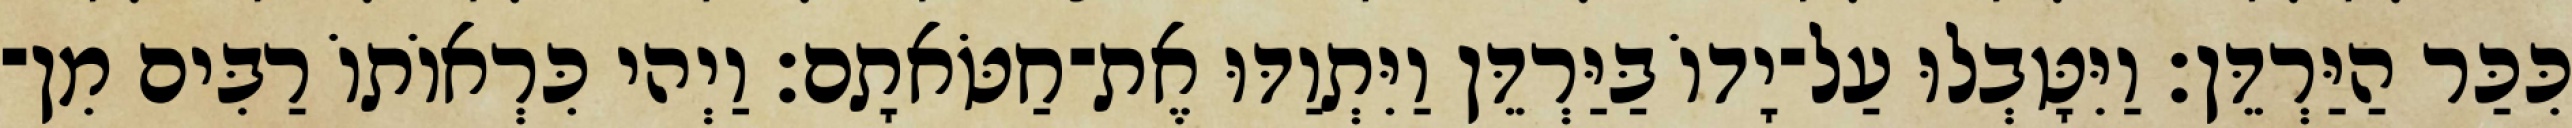
כִּכַּר הַיַּרְדֵּן׃ וַיִּטָּבְלוּ עַל־יָדוֹ בַּיַּרְדֵּן וַיִּתְוַדּוּ אֶת־חַטֹּאתָם׃ וַיְהי כִּרְאוֹתוֹ רַבִּים מִן־